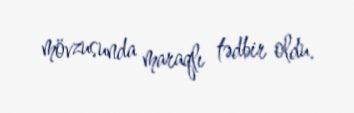
mövzusunda maraqlı tədbir oldu.